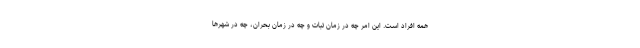
همه افراد است. این امر چه در زمان ثبات و چه در زمان بحران، چه در شهرها